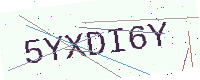
Text: 5YXDI6Y